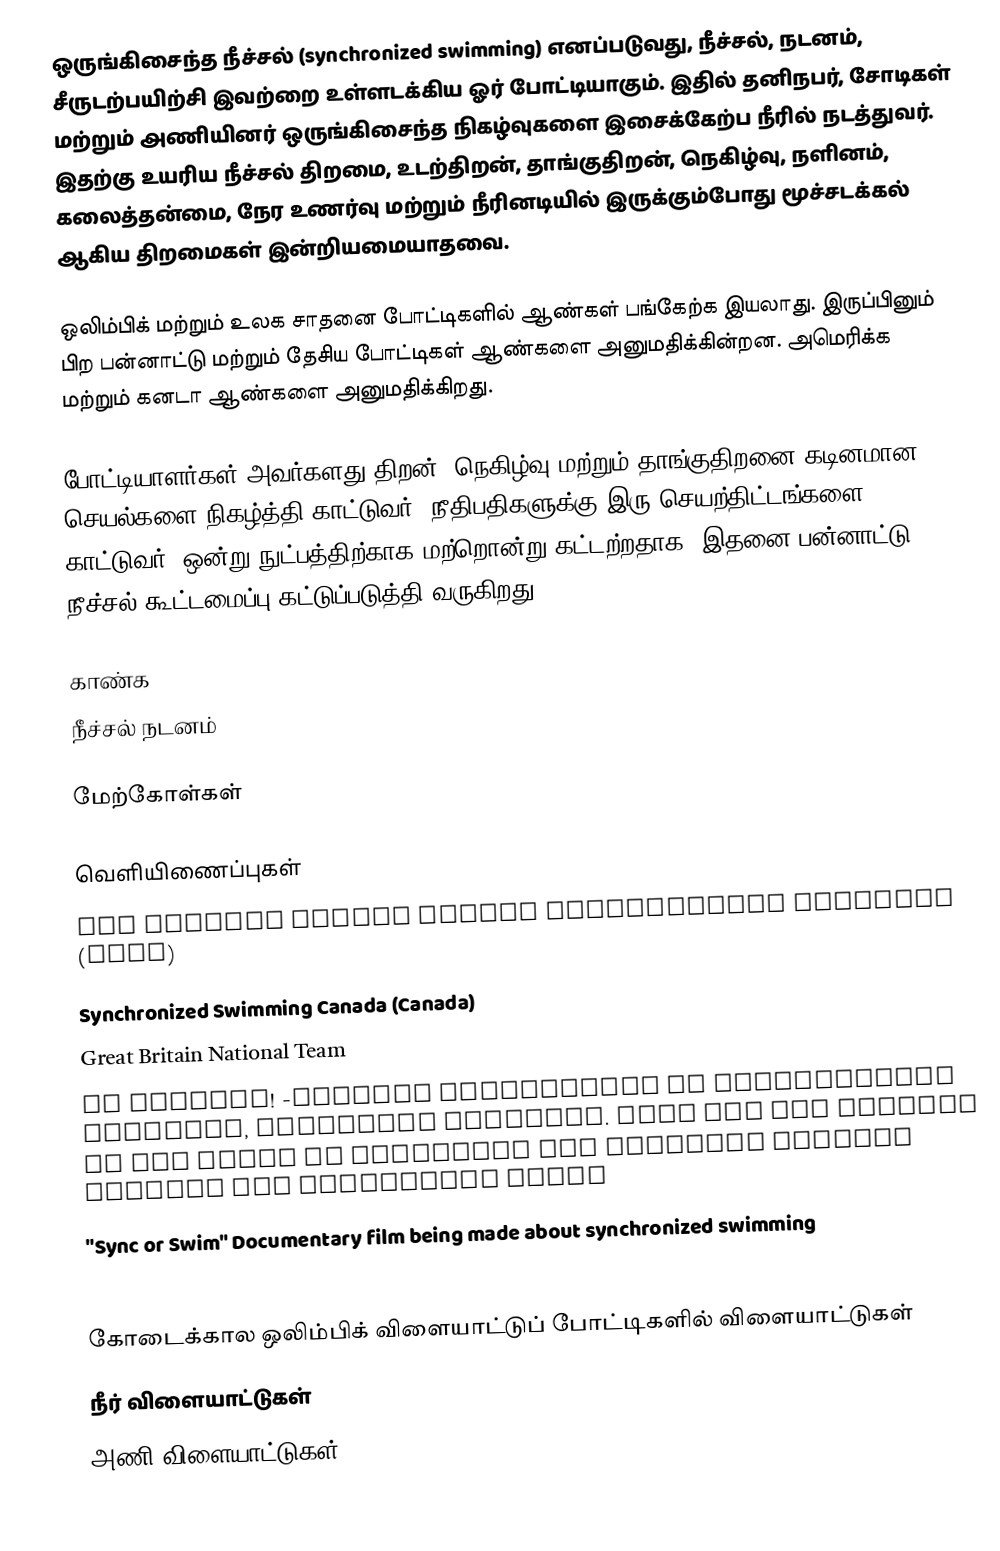
ஒருங்கிசைந்த நீச்சல் (synchronized swimming) எனப்படுவது, நீச்சல், நடனம், சீருடற்பயிற்சி இவற்றை உள்ளடக்கிய ஓர் போட்டியாகும். இதில் தனிநபர், சோடிகள் மற்றும் அணியினர் ஒருங்கிசைந்த நிகழ்வுகளை இசைக்கேற்ப நீரில் நடத்துவர். இதற்கு உயரிய நீச்சல் திறமை, உடற்திறன், தாங்குதிறன், நெகிழ்வு, நளினம், கலைத்தன்மை, நேர உணர்வு மற்றும் நீரினடியில் இருக்கும்போது மூச்சடக்கல் ஆகிய திறமைகள் இன்றியமையாதவை.

ஒலிம்பிக் மற்றும் உலக சாதனை போட்டிகளில் ஆண்கள் பங்கேற்க இயலாது. இருப்பினும் பிற பன்னாட்டு மற்றும் தேசிய போட்டிகள் ஆண்களை அனுமதிக்கின்றன. அமெரிக்க மற்றும் கனடா ஆண்களை அனுமதிக்கிறது.

போட்டியாளர்கள் அவர்களது திறன், நெகிழ்வு மற்றும் தாங்குதிறனை கடினமான செயல்களை நிகழ்த்தி காட்டுவர். நீதிபதிகளுக்கு இரு செயற்திட்டங்களை காட்டுவர்; ஒன்று நுட்பத்திற்காக மற்றொன்று கட்டற்றதாக. இதனை பன்னாட்டு நீச்சல் கூட்டமைப்பு கட்டுப்படுத்தி வருகிறது.

காண்க
 நீச்சல் நடனம்

மேற்கோள்கள்

வெளியிணைப்புகள்
USA Synchro United States Synchronized Swimming  (USSS)
Synchronized Swimming Canada (Canada)
 Great Britain National Team
 Go Synchro!  -Further  information on synchronized swimming, including pictures. Also has the  history of the sport in Australia and includes contact details for  Australian clubs
 "Sync or Swim" Documentary film being made  about synchronized swimming
 Colorado Time Systems

கோடைக்கால ஒலிம்பிக் விளையாட்டுப் போட்டிகளில் விளையாட்டுகள்
நீர் விளையாட்டுகள்
அணி விளையாட்டுகள்